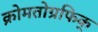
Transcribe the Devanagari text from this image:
क्रोमतोग्रफिक्